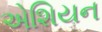
એશિયન